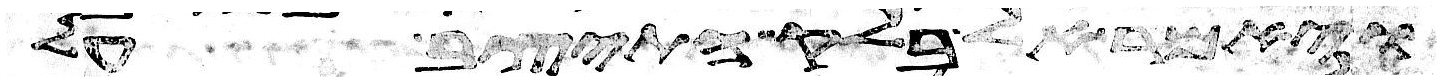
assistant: ויאמר אל בלק התיצב על